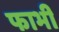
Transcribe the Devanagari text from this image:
फाभी